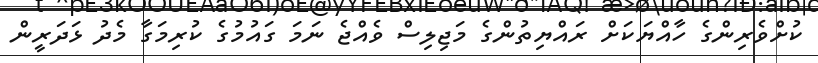
ކުށްވެރިންގެ ހާއްޔަކަށް ރައްޔިތުންގެ މަޖިލިސް ވެއްޖެ ނަމަ ގައުމުގެ ކުރިމަގާ މެދު ޅަދަރީން